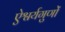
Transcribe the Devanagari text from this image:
ऐश्वर्यगुणों